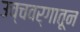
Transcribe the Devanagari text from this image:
उच्चवर्गातून